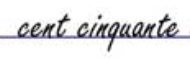
cent cinquante